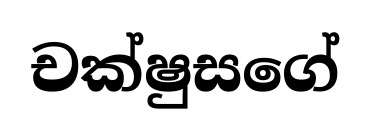
චක්ෂුසගේ